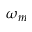
\omega _ { m }